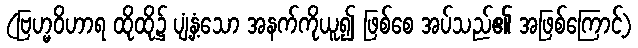
(ဗြဟ္မဝိဟာရ ထိုထို၌ ပျံ့နှံ့သော အနက်ကိုယူ၍ ဖြစ်စေ အပ်သည်၏ အဖြစ်ကြောင့်)